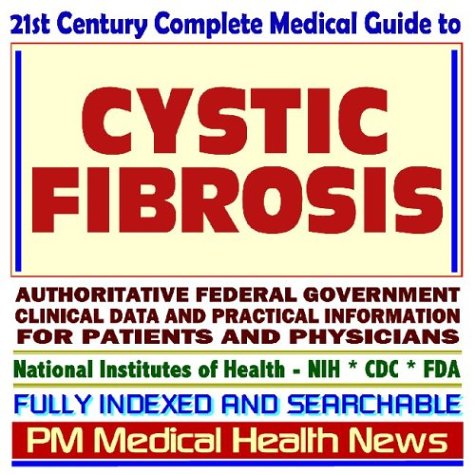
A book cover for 21st Century Complete Medical Guide to Cystic Fibrosis (CF), Authoritative Government Documents, Clinical References, and Practical Information for Patients and Physicians (CD-ROM); PM Medical Health News; Health, Fitness & Dieting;